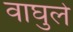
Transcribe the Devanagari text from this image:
वाघुले